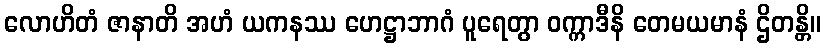
လောဟိတံ ဇာနာတိ အဟံ ယကနဿ ဟေဋ္ဌာဘာဂံ ပူရေတွာ ဝက္ကာဒီနိ တေမယမာနံ ဌိတန္တိ။